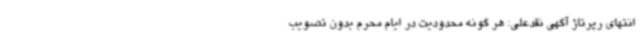
انتهای رپرتاژ آگهی نقدعلی: هر گونه محدودیت در ایام محرم بدون تصویب